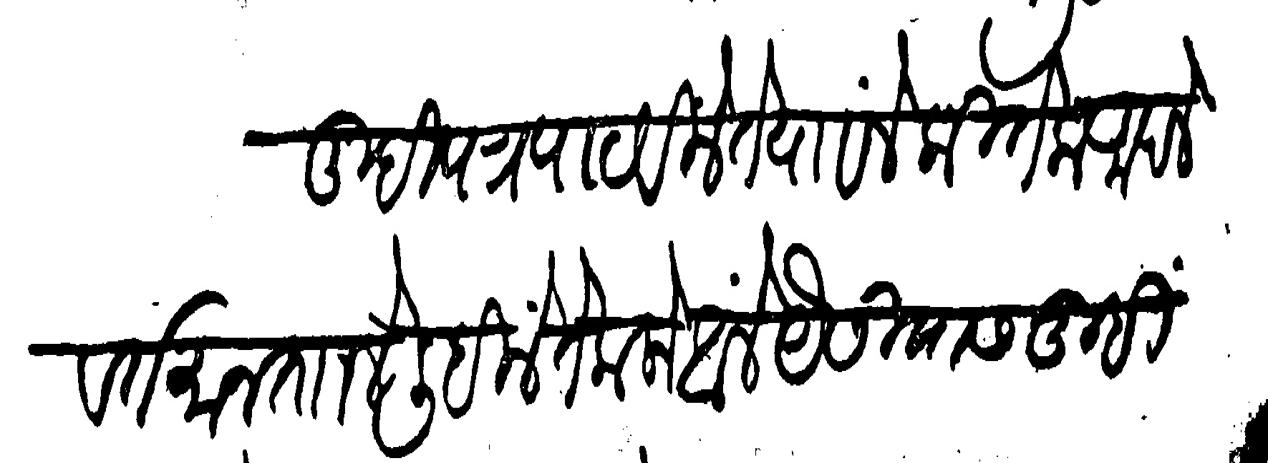
Transliteration (Devanagari):  तुम्ही पत्र पाठविले ते पावले कितेक आपले वर्तमान तााले लिहिले ते कलो आले वैसीयास तुम्ही